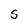
Character: S